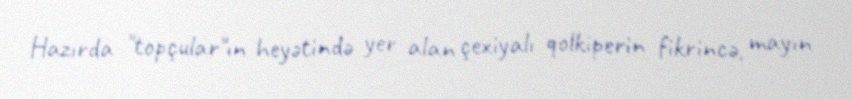
Hazırda "topçular"ın heyətində yer alan çexiyalı qolkiperin fikrincə, mayın